Report on the working of the mental hospitals for Indians in Bihar and Orissa - 1925-1929
Year: 1925
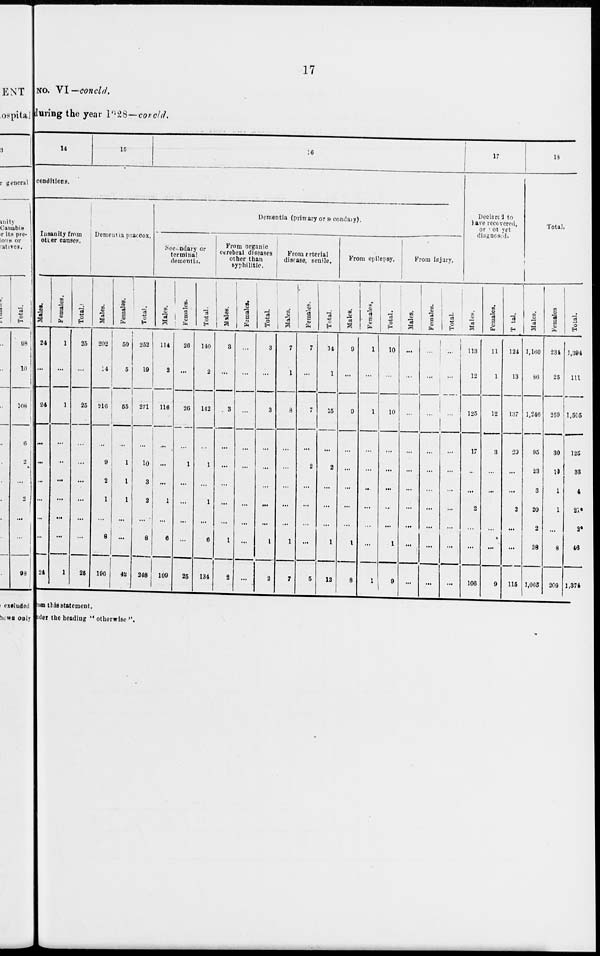
17
No. VI—concld.
during the year 1928—concld.
14
15
16
conditions.
Insanity from
other causes.
Males.
24
...
24
...
...
...
...
...
...
24
Females.
1
...
1
...
...
...
...
...
...
1
Total.
25
...
25
...
...
...
...
...
...
25
Dementia praecox.
Males.
202
14
216
...
9
2
1
...
8
196
Females.
50
5
55
...
1
1
1
...
...
42
Total.
252
19
271
...
10
3
2
...
8
348
Dementia (primary or secondary).
Secondary or
terminal
dementia.
Males.
114
2
116
...
...
...
1
...
6
109
Females.
26
...
26
...
1
...
...
...
...
25
Total.
140
2
142
...
1
...
1
...
6
134
From organic
cerebral diseases
other than
syphilitic.
Males.
3
...
3
...
...
...
...
...
1
2
Females.
...
...
...
...
...
...
...
...
...
...
Total.
3
...
3
...
...
...
...
...
1
2
From arterial
disease, senile.
Males.
7
1
8
...
...
...
...
...
1
7
Females.
7
...
7
...
2
...
...
...
...
5
Total.
14
1
15
...
2
...
...
...
1
12
From epilepsy.
Males.
9
...
9
...
...
...
...
...
1
8
Females.
1
...
1
...
...
...
...
...
...
1
Total.
10
...
10
...
...
...
...
...
1
9
From injury.
Males.
...
...
...
...
...
...
...
...
...
...
Females.
...
...
...
...
...
...
...
...
...
...
Total.
...
...
...
...
...
...
...
...
...
...
17
Declared to
have recovered,
or not yet
diagnosed.
Males.
113
12
125
17
...
...
2
...
...
106
Females.
11
1
12
3
...
...
...
...
...
9
Total.
124
13
137
20
...
...
2
...
...
115
18
Total.
Males.
1,160
86
1,246
95
23
3
20
2
38
1,065
Females
234
25
259
30
10
1
1
...
8
209
Total.
1,394
111
1,505
125
33
4
21*
2*
46
1,374
f r om this statement.
under the heading " otherwise ".